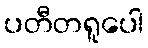
ပတီတရူပေါ